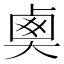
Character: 𡙏